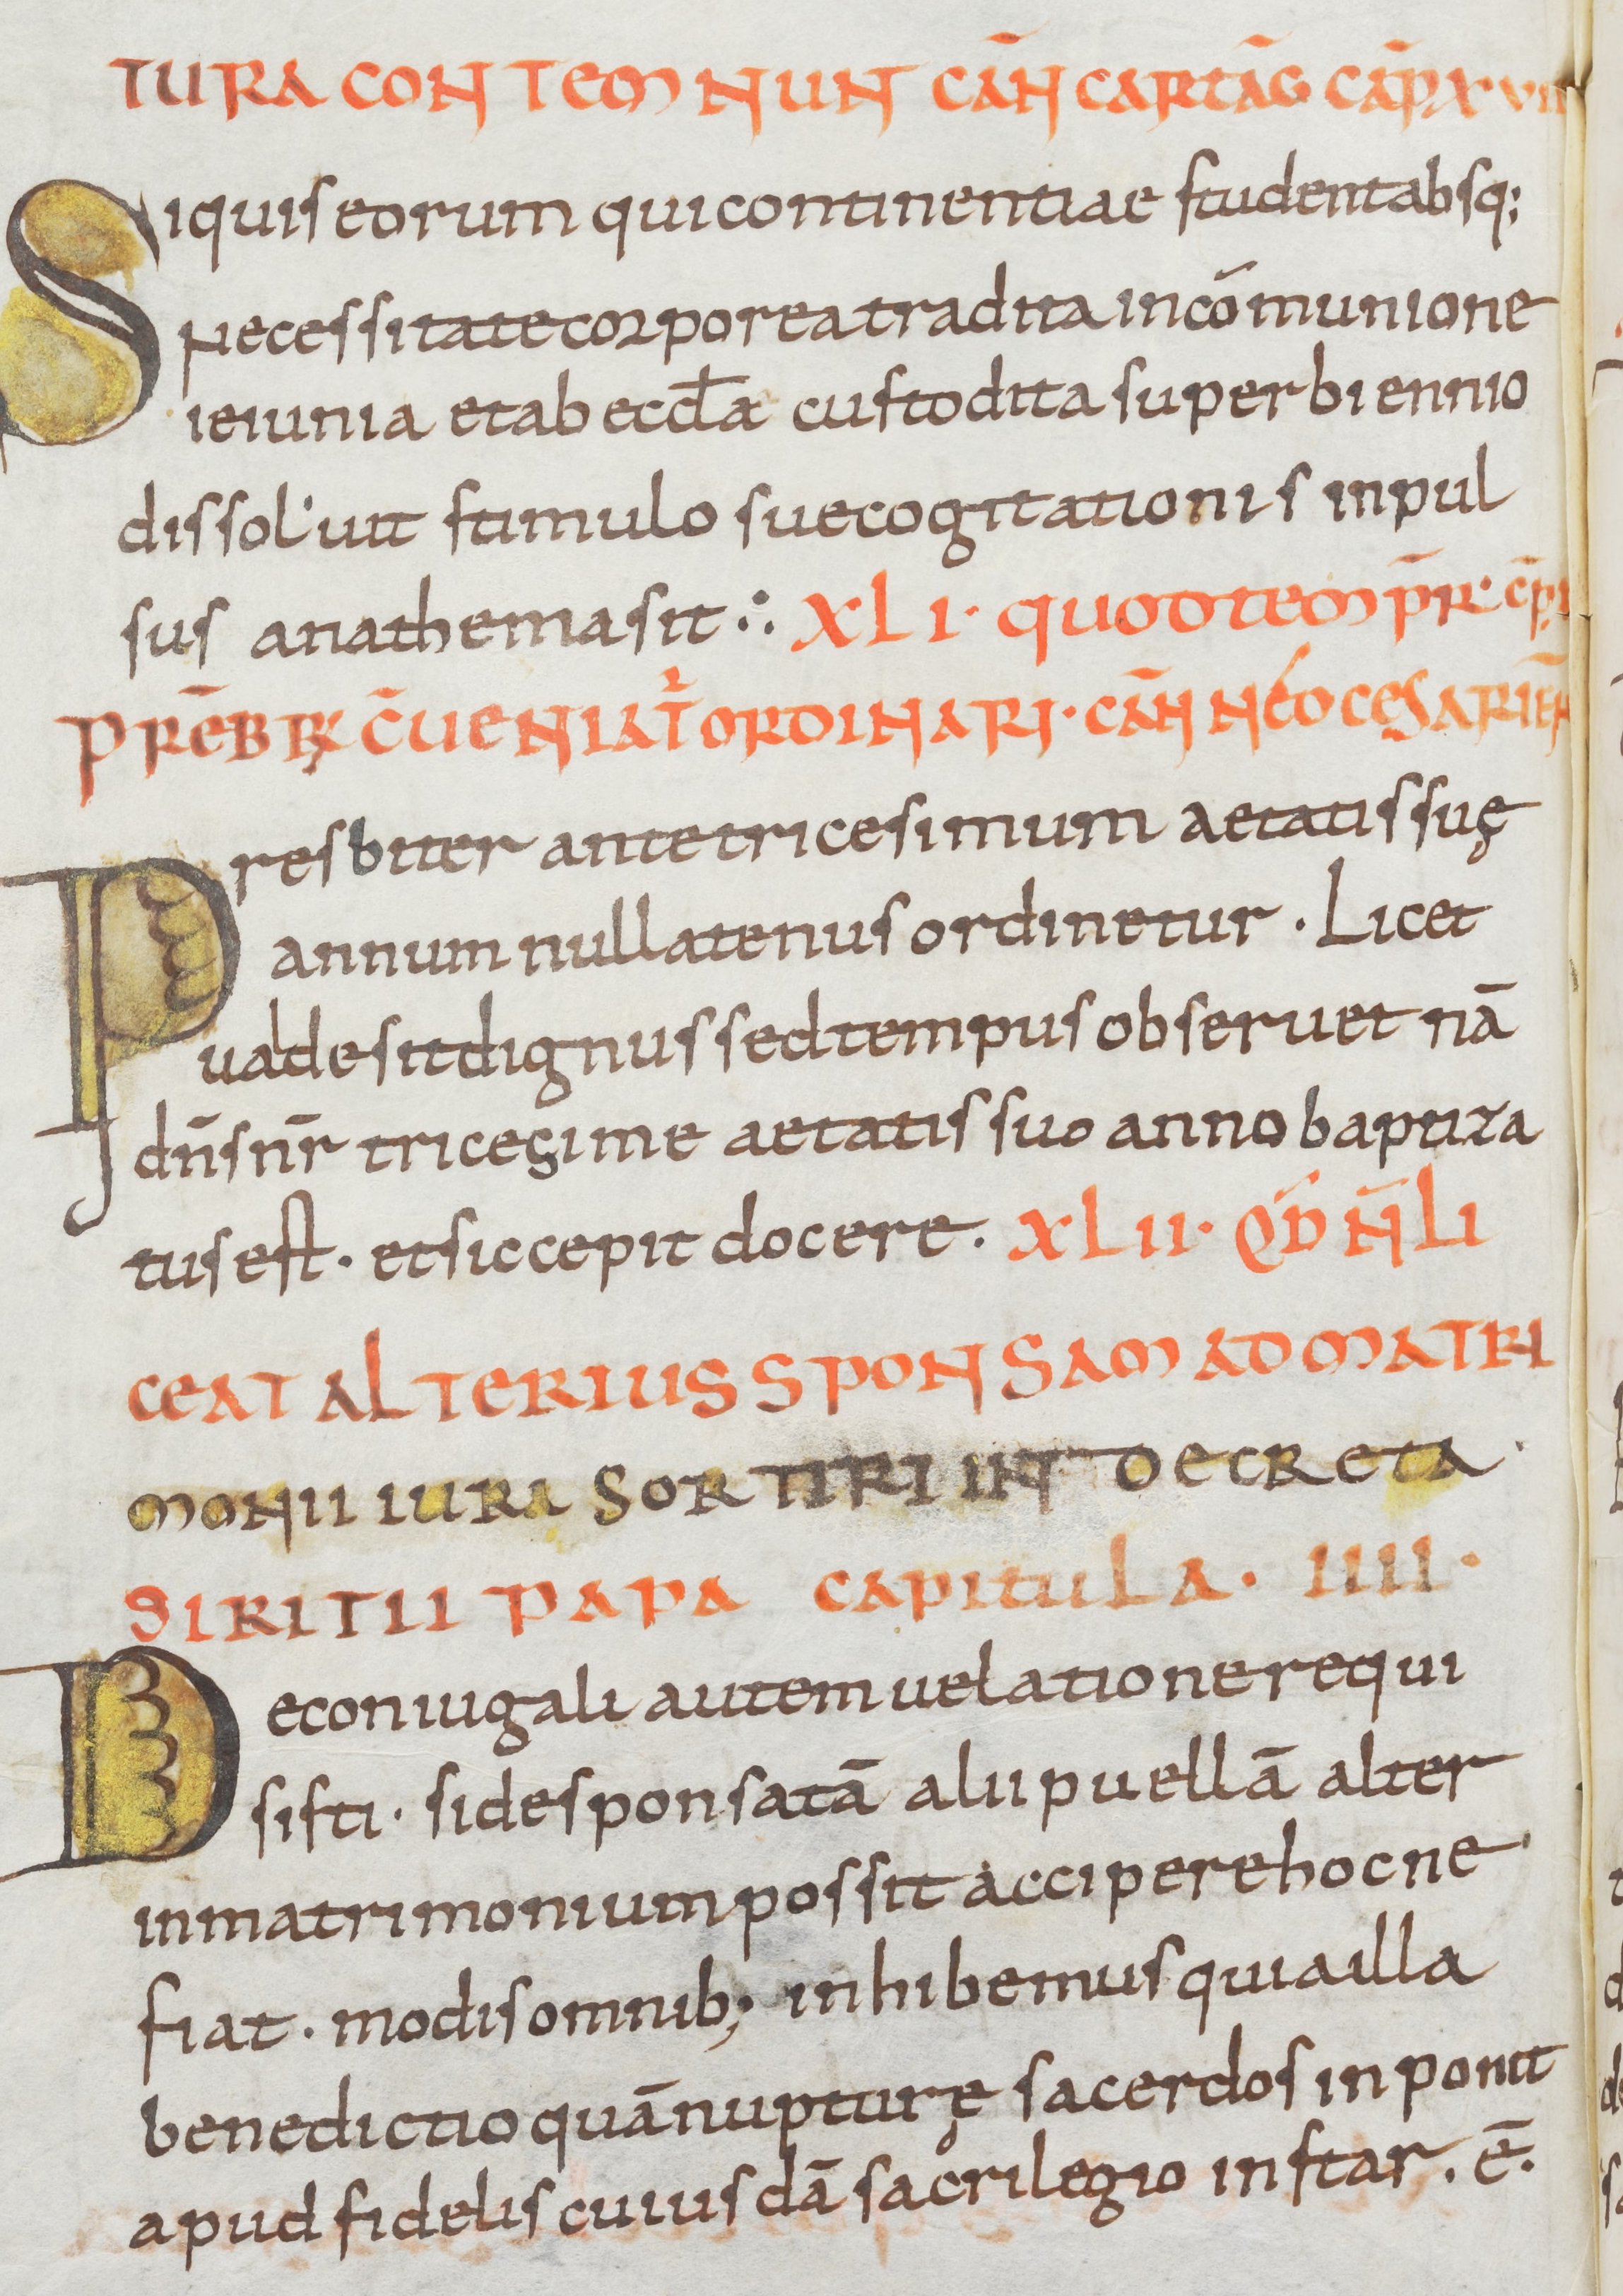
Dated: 900–999